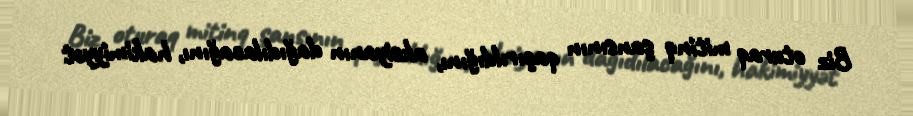
Biz oturaq mitinq şansının qaçırıldığını, aksiyanın dağıdılacağını, hakimiyyət